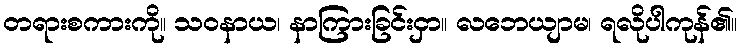
တရားစကားကို။ သဝနာယ၊ နာကြားခြင်းငှာ။ လဘေယျာမ၊ ရလိုပါကုန်၏။